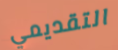
التقديمي